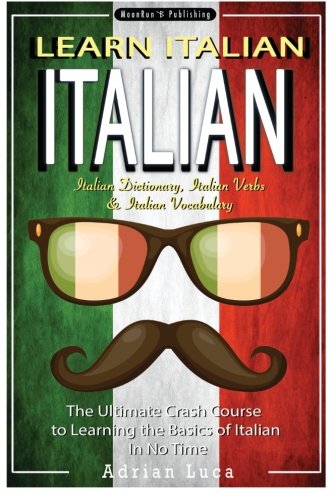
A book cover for Italian: Learn Italian - Italian Dictionary, Italian Vocabulary & Italian Phrasebook - The Ultimate Crash Course to Learning the Basics of the Italian ... Italian Romance, Italian Stories) (Volume 1); Adrian Luca; Travel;